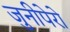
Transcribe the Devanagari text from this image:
जुनीपेरो